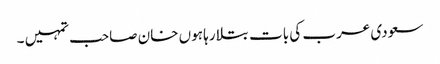
سعودی عرب کی بات بتلا رہا ہوں خان صاحب تمہیں ۔